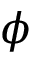
\phi